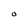
Character: O